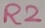
Text: R2